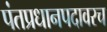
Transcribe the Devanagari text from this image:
पंतप्रधानपदावरच